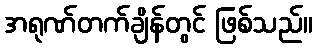
အရုဏ်တက်ချိန်တွင် ဖြစ်သည်။